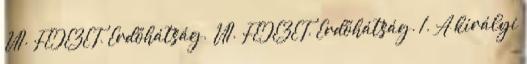
VII. FEJEZET. Erdőhátság. VII. FEJEZET. Erdőhátság. 1. A királyi